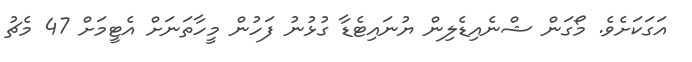
އަގަކަށެވެ. މޯގަން ޝްނެއިޑެލިން ޔުނައިޓެޑާ ގުޅުނު ފަހުން މީހާތަނަށް އެޓީމަށް 47 މެޗު